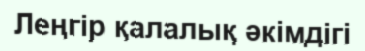
Леңгір қалалық әкімдігі